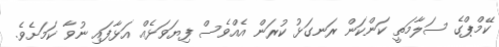
ކޭމްޕްގެ ސަލާމަތީ ކަންކަން ރަނގަޅު ކުރަން އެއްވެސް ފިޔަވަޅެއް އަޅާފައި ނުވާ ކަމަށެވެ.